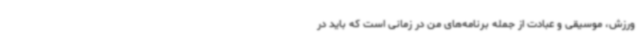
ورزش، موسیقی و عبادت از جمله برنامه‌های من در زمانی است که باید در